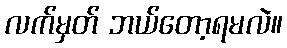
လက်မှတ် ဘယ်တော့ရမလဲ။